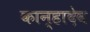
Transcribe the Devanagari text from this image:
कान्हादेव